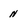
Character: n